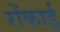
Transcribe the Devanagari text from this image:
रोंकाई